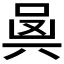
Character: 𠔛